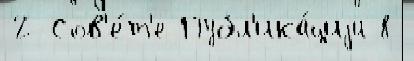
2 Сов'е́т'е Публ'ика́циjи 8